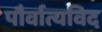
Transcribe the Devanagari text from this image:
पौर्वात्यविद